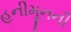
હનીમૂનની